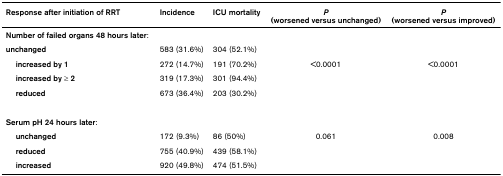
<table><thead><tr><td><b>Response after initiation of RRT</b></td><td><b>Incidence</b></td><td><b>ICU mortality</b></td><td><b><i>P</i>(worsened versus unchanged)</b></td><td><b><i>P</i>(worsened versus improved)</b></td></tr></thead><tbody><tr><td><b>Number of failed organs 48 hours later</b>:</td><td></td><td></td><td></td><td></td></tr><tr><td><b>unchanged</b></td><td>583 (31.6%)</td><td>304 (52.1%)</td><td></td><td></td></tr><tr><td> <b>increased by 1</b></td><td>272 (14.7%)</td><td>191 (70.2%)</td><td>&lt;0.0001</td><td>&lt;0.0001</td></tr><tr><td> <b>increased by ≥ 2</b></td><td>319 (17.3%)</td><td>301 (94.4%)</td><td></td><td></td></tr><tr><td> <b>reduced</b></td><td>673 (36.4%)</td><td>203 (30.2%)</td><td></td><td></td></tr><tr><td><b>Serum pH 24 hours later</b>:</td><td></td><td></td><td></td><td></td></tr><tr><td> <b>unchanged</b></td><td>172 (9.3%)</td><td>86 (50%)</td><td>0.061</td><td>0.008</td></tr><tr><td> <b>reduced</b></td><td>755 (40.9%)</td><td>439 (58.1%)</td><td></td><td></td></tr><tr><td> <b>increased</b></td><td>920 (49.8%)</td><td>474 (51.5%)</td><td></td><td></td></tr></tbody></table>